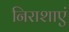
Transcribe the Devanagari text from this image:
निराशाएं